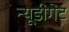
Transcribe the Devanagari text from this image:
न्यूडीगेट